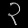
Digit: ၃